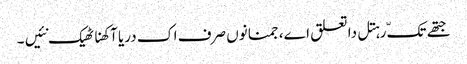
جتھے تکّ رہتل دا تعلق اے، جمنا نوں صرف اک دریا آکھنا ٹھیک نئیں ۔